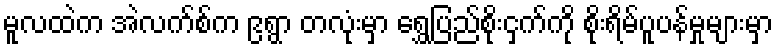
မူလထဲက အဲလက်စ်က ၉ရွာ တလုံးမှာ ရွှေပြည်စိုးငှက်ကို စိုးရိမ်ပူပန်မှုများမှာ